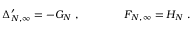
\Delta _ { N , \infty } ^ { \prime } = - G _ { N } \; , \qquad \qquad F _ { N , \infty } = H _ { N } \; .